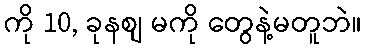
ကို 10, ခုနစျ မကို တွေနဲ့မတူဘဲ။